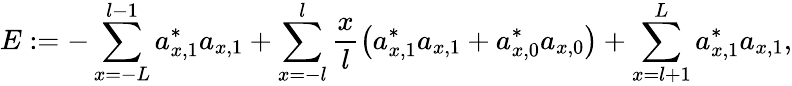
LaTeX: E:=-\sum_{x=-L}^{l-1}a_{x,1}^{\ast}a_{x,1}+\sum_{x=-l}^{l}\frac{x}{l}\left(a_{x,1}^{\ast}a_{x,1}+a_{x,0}^{\ast}a_{x,0}\right)+\sum_{x=l+1}^{L}a_{x,1}^{\ast}a_{x,1},